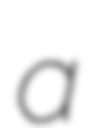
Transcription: a